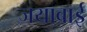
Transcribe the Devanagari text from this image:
जयाबाई